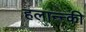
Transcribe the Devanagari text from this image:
हलान्न्की